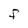
Character: F